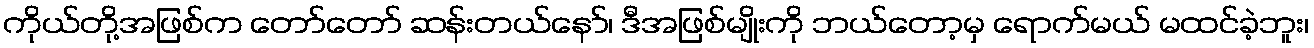
ကိုယ်တို့အဖြစ်က တော်တော် ဆန်းတယ်နော်၊ ဒီအဖြစ်မျိုးကို ဘယ်တော့မှ ရောက်မယ် မထင်ခဲ့ဘူး၊